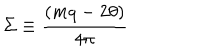
\Sigma \equiv { \frac { ( m q - 2 \theta ) } { 4 \pi } }